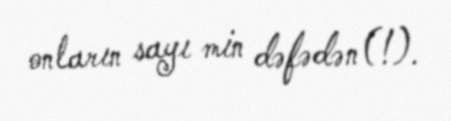
onların sayı min dəfədən(!).